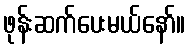
ဖုန်းဆက်ပေးမယ်နော်။